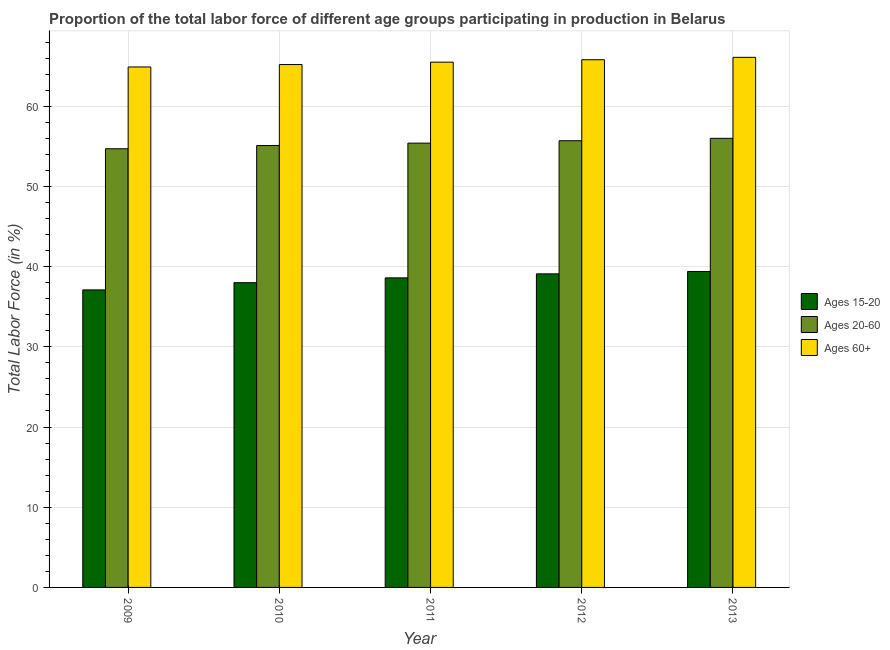
| Year | Ages 15-20 | Ages 20-60 | Ages 60+ |
 | --- | --- | --- | --- |
 | 2009 | 37.1 | 54.7 | 64.9 |
 | 2010 | 38 | 55.1 | 65.2 |
 | 2011 | 38.6 | 55.4 | 65.5 |
 | 2012 | 39.1 | 55.7 | 65.8 |
 | 2013 | 39.4 | 56 | 66.1 |